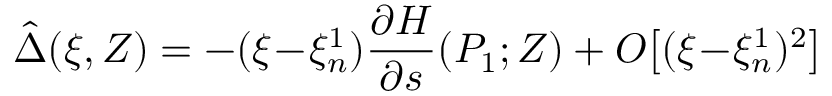
\hat { \Delta } ( \xi , Z ) = - ( \xi \! - \! \xi _ { n } ^ { 1 } ) \frac { \partial H } { \partial s } ( P _ { 1 } ; Z ) + O \big [ ( \xi \! - \! \xi _ { n } ^ { 1 } ) ^ { 2 } \big ]